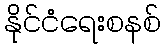
နိုင်ငံရေးစနစ်